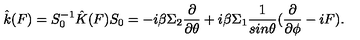
\hat { k } ( F ) = S _ { 0 } ^ { - 1 } \hat { K } ( F ) S _ { 0 } = - i \beta \Sigma _ { 2 } \frac { \partial } { \partial \theta } + i \beta \Sigma _ { 1 } \frac { 1 } { s i n \theta } ( \frac { \partial } { \partial \phi } - i F ) .